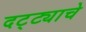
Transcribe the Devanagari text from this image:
दट्ट्याचे